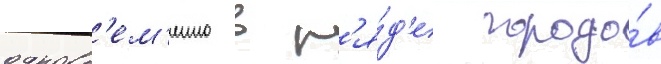
одновр'ем'енно в р'я́д'е городо́в